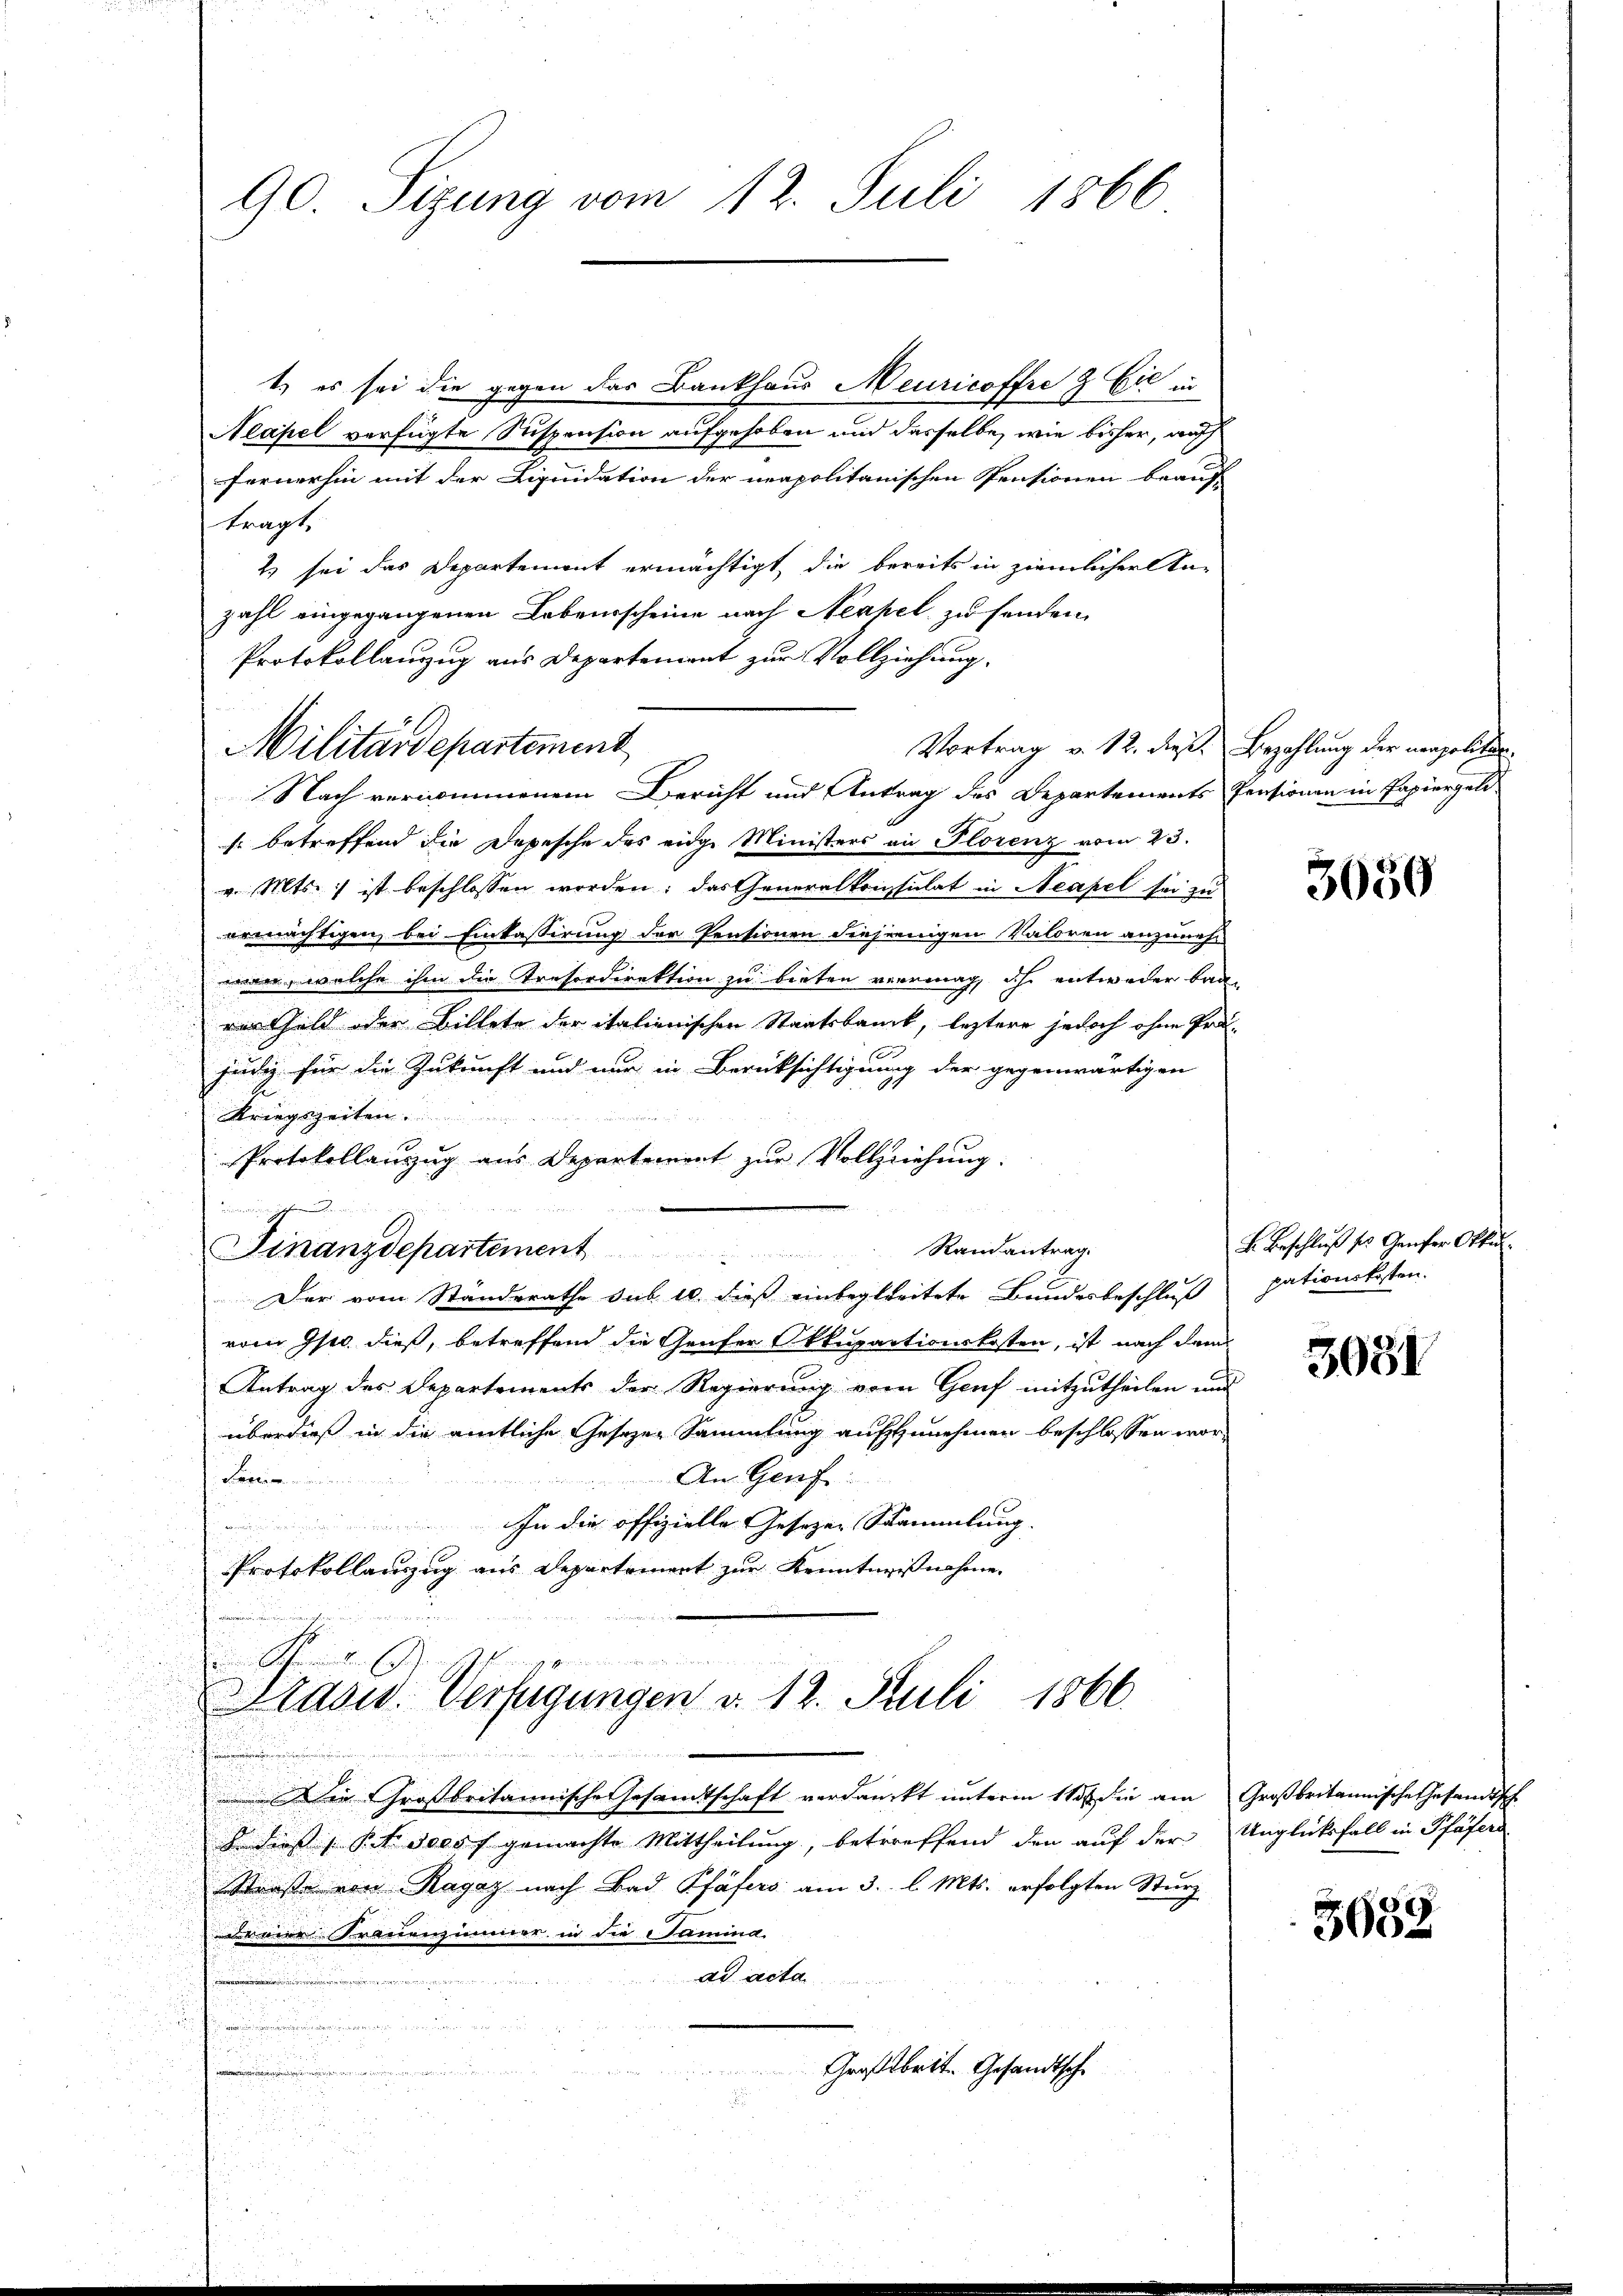
90. Sizung vom 12. Juli 1866

t.) es sei die gegen das Bankhaus Meuricoffre & Cie in
Aeapel verfügte Suspension aufgehoben und dasselbe, wie bisher, was
fernerhin mit der Liquidation der neapolitanischen Pensionen beauf
tragt,
2) sei das Departement ermächtigt, die bereits in ziemlicher An-
zahl eingegangenen Lebensscheine nach Neapel zu senden
Protokollanzug aus Departement zur Vollziehung.
Nach vernommenem Bericht und Antrag des Departements Pensionen in Papiergeli
s. betreffend die Depesche des eidge Ministers an Plorenz vom 23.
v. Mts. ist beschlossen worden; das Generalkonsulat in Neapel sei zu
ermächtigen, bei Einkassirung der Pensionen diejenigen Valoren anzunehm
wan, welche ihm die Trefordirektion zu bieten verrenag, ich entweder bau
rer Geld oder Billete der italienischen Staatsbanck, leztere jedoch ohne Prä-
judiz für die Zukunft und nur in Berücksichtigung der gegenwärtigen
Kriegszeiten
Protokollanzug aus Departement zur Vollziehung.
einanden in
Randantrag.
Finanzdepartement
Der vom Standerathe sub 10. dieß einbegleitete Bundesbeschluß
vom Ist dieß, betreffend die Genfer Okkupactionskosten, ist nach dem
Antrag des Departements der Regierung vom Genf mitzutheilen und
überdieß in die amtliche Gesezen Sammlung aufzunehmen beschlossen wor¬
Paren
An Genf
In die offizielle Gesezen Stammlung.
Protokollauszug aus Departement zur Kenntnißnahme.
.
Stasw. Verfügungen v. 12. Juli 1866
Die Großbritannische Gesamtschaft verdanckt unterm 11. die am Großbritannische Gesandtsch
 dieß, Pitz deess gemachte Mittheilung, betreffend den auf der Unglücksfall in Pfäfers
Straße von Ragaz nach Bad Pfäfers am 3. l. Mts. erfolgten Sturz
ne Franzimmer in die amina
ad acta
Großbritt. Gesandtsche
.

Militärdepartement

Vortrag v. 12. dieß.

Bezahlung der meapolitis

3050

B. Beschluß ses Genfer Otten.
pationskosten.

3031

3638